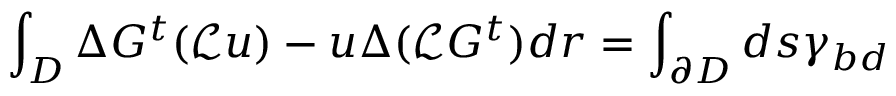
\int _ { D } \Delta G ^ { t } ( \mathcal { L } u ) - u \Delta ( \mathcal { L } G ^ { t } ) d \boldsymbol { r } = \int _ { \partial D } d s \gamma _ { b d }